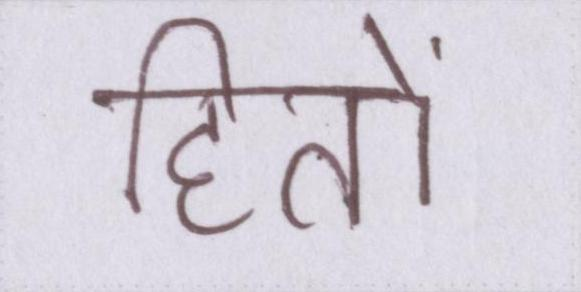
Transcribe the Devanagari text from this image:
हितों